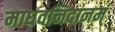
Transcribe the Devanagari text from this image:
माधवनिदानम्